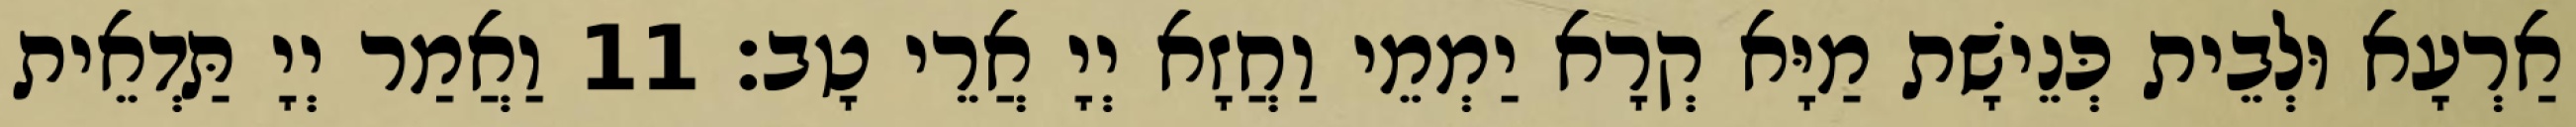
אַרְעָא וּלְבֵית כְּנֵישָׁת מַיָּא קְרָא יַמְמֵי וַחֲזָא יְיָ אֲרֵי טָב׃ 11 וַאֲמַר יְיָ תַּדְאֵית